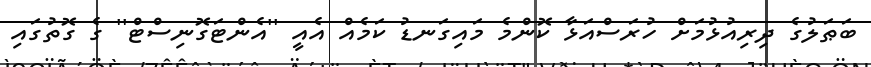
ބަޠަލުގެ ދިރިއުޅުމަށް ހުރަސްއަޅާ ކޮންމެ މައިގަނޑު ކަމެއް އެއީ ''އެންޓަގޮނިސްޓް'' ގެ ގޮތުގައި